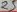
Text: 25